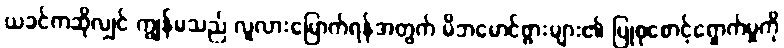
ယခင်ကဆိုလျှင် ကျွန်မသည် လူလားမြောက်ရန်အတွက် မိဘမောင်ဖွားများ၏ ပြုစုစောင့်ရှောက်မှုကို